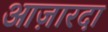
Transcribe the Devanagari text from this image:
आज़ारदा